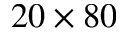
2 0 \times 8 0